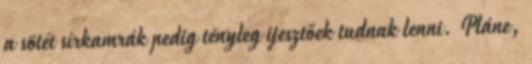
a sötét sírkamrák pedig tényleg ijesztőek tudnak lenni. Pláne,